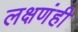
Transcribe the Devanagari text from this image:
लक्षणंही